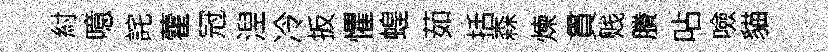
紂噫詫藿冠湼冷扳懼蝗茹括森煉貫贱賸呫噞貓